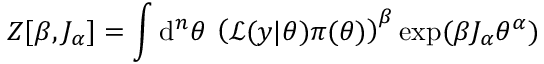
Z [ \beta , J _ { \alpha } ] = \int \mathrm { d } ^ { n } \theta \: \left( \mathcal { L } ( y | \theta ) \pi ( \theta ) \right) ^ { \beta } \exp ( \beta J _ { \alpha } \theta ^ { \alpha } )